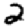
Digit: 2